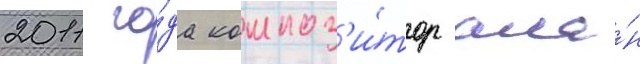
2011 го́да композ'и́тор ала́н